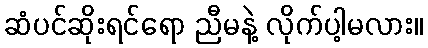
ဆံပင်ဆိုးရင်ရော ညီမနဲ့ လိုက်ပါ့မလား။